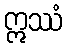
ဣဿံ